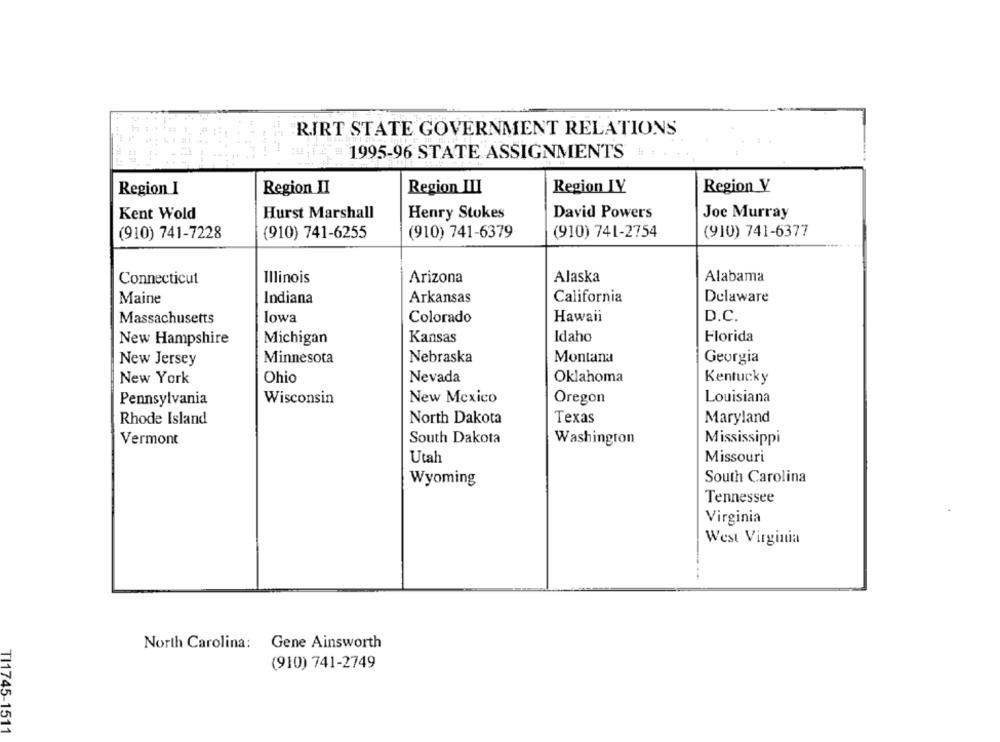
RIRT STATE GOVERNMENT RELATIONS
===
1995-96 STATE ASSIGNMENTS
Region I
Region II
Region III
Region IV
Region V
Kent Wold
Hurst Marshall
Henry Stokes
David Powers
Joe Murray
(910) 741-7228
(910) 741-6255
(910) 741-6379
(910) 741-2754
(910) 741-6377
Connecticut
Illinois
Arizona
Alaska
Alabama
Maine
Indiana
Arkansas
California
Delaware
Massachusetts
lowa
Colorado
Hawaii
D.C.
New Hampshire
Michigan
Kansas
Idaho
Florida
New Jersey
Minnesota
Nebraska
Montana
Georgia
Nevada
Oklahoma
Kentucky
New York
Ohio
Pennsylvania
Wisconsin
New Mexico
Oregon
Louisiana
Rhode Island
North Dakota
Texas
Maryland
Vermont
South Dakota
Washington
Mississippi
Utah
Missouri
Wyoming
South Carolina
Tennessee
Virginia
West Virginia
North Carolina: Gene Ainsworth
(910) 741-2749
TI1745-1511